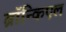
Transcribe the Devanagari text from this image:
ब्रॉन्किएल